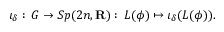
\iota _ { \delta } : \, G \to S p ( 2 n , { \bf R } ) : \, L ( \phi ) \mapsto \iota _ { \delta } ( L ( \phi ) ) .